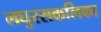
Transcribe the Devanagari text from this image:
लघुरसकलिका